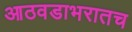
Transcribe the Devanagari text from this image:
आठवडाभरातच